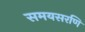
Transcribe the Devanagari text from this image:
समयसरणि